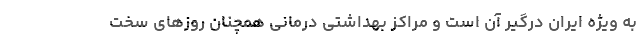
به ویژه ایران درگیر آن است و مراکز بهداشتی درمانی همچنان روزهای سخت